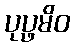
ပုပ္ဖမိဝ